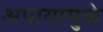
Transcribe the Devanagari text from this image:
अपायामुळे